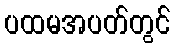
ပထမအပတ်တွင်